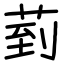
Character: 菿